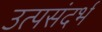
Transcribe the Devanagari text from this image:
उत्पसंदर्भ